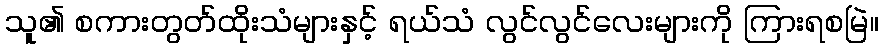
သူ၏ စကားတွတ်ထိုးသံများနှင့် ရယ်သံ လွင်လွင်လေးများကို ကြားရစမြဲ။